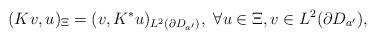
\begin{align*} (Kv,u)_{\Xi}=(v,K^*u)_{L^2(\partial D_{a'})},\ \forall u\in\Xi, v\in L^2(\partial D_{a'}),\end{align*}